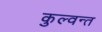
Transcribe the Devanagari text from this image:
कुल्वन्त